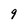
Character: 9